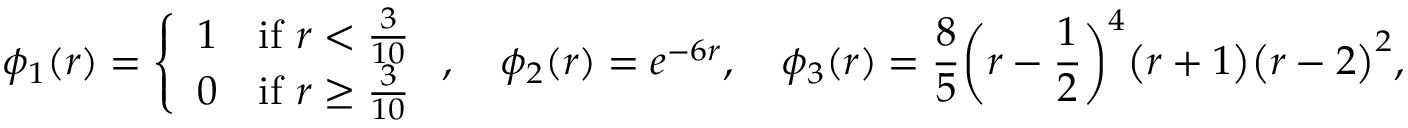
\phi _ { 1 } ( r ) = \left\{ \begin{array} { l l } { 1 } & { \mathrm { i f ~ } r < \frac { 3 } { 1 0 } } \\ { 0 } & { \mathrm { i f ~ } r \geq \frac { 3 } { 1 0 } } \end{array} \right. , \quad \phi _ { 2 } ( r ) = e ^ { - 6 r } , \quad \phi _ { 3 } ( r ) = \frac { 8 } { 5 } \bigg ( r - \frac { 1 } { 2 } \bigg ) ^ { 4 } \big ( r + 1 \big ) \big ( r - 2 \big ) ^ { 2 } ,